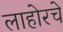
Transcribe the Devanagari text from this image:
लाहोरचे